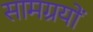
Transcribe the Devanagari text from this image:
सामग्रयों